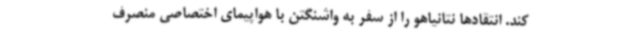
کند. انتقادها نتانیاهو را از سفر به واشنگتن با هواپیمای اختصاصی منصرف